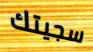
سجيتك